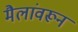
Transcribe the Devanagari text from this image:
मैलांवरून